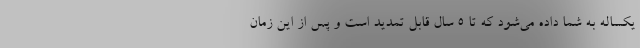
یکساله به شما داده می‌شود که تا 5 سال قابل تمدید است و پس از این زمان